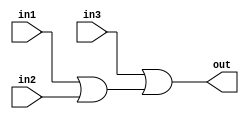
module threeinputor(out, in1, in2, in3);
output out;
input in1, in2, in3;
	or or0(tmp, in1, in2);
	or or1(out, in3, tmp);
endmodule